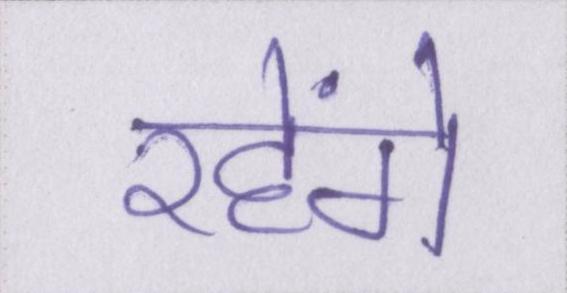
रहेंगे